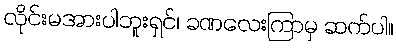
လိုင်းမအားပါဘူးရှင်၊ ခဏလေးကြာမှ ဆက်ပါ။